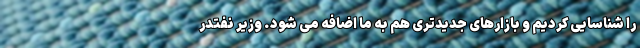
را شناسایی کردیم و بازارهای جدیدتری هم به ما اضافه می شود. وزیر نفتدر